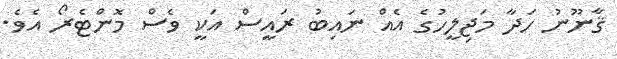
ޤާނޫނު ހަދާ މަޖިލީހުގެ އެއް ނައިބު ރައީސް އަކީ ވެސް މޮންޓެރޯ އެވެ.